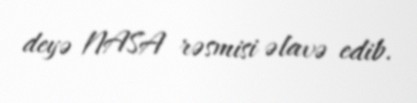
deyə NASA rəsmisi əlavə edib.